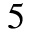
5